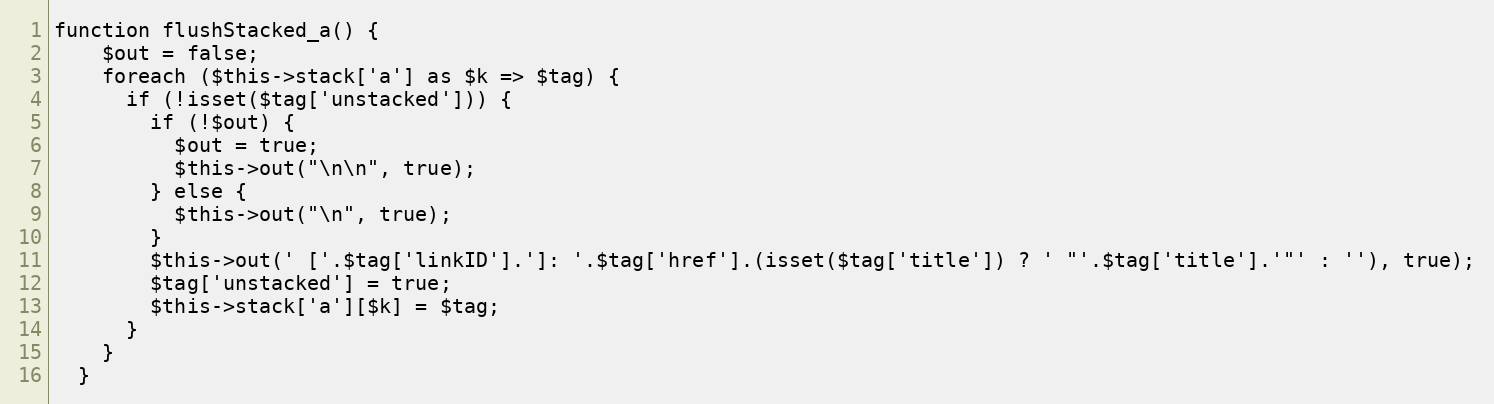
Language: PHP
function flushStacked_a() {
    $out = false;
    foreach ($this->stack['a'] as $k => $tag) {
      if (!isset($tag['unstacked'])) {
        if (!$out) {
          $out = true;
          $this->out("\n\n", true);
        } else {
          $this->out("\n", true);
        }
        $this->out(' ['.$tag['linkID'].']: '.$tag['href'].(isset($tag['title']) ? ' "'.$tag['title'].'"' : ''), true);
        $tag['unstacked'] = true;
        $this->stack['a'][$k] = $tag;
      }
    }
  }